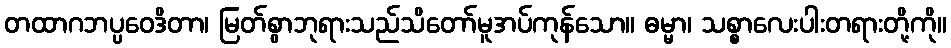
တထာဂဘပ္ပဝေဒိတာ၊ မြတ်စွာဘုရားသည်သိတော်မူအပ်ကုန်သော။ ဓမ္မာ၊ သစ္စာလေးပါးတရားတို့ကို။